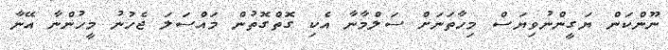
ނޫންކަން ޔަގީންނުވިޔަސް މިހާތަނަށް ސަލްމާނާ އެކި ގޮތްގޮތުން މައްސަލަ ޖެހުނު މީހުންނާ އޭނާ